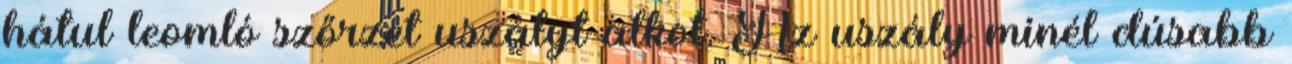
hátul leomló szőrzet uszályt alkot. Az uszály minél dúsabb